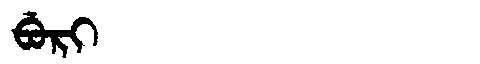
Manchu: ᠪᡠᡵᡳ
Romanization: BURI